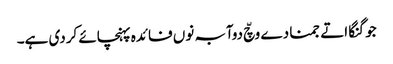
جو گنگا اتے جمنا دے وچّ دوآبہ نوں فائدہ پہنچائے کردی ہے۔